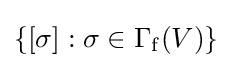
\textstyle \{[\sigma ]:\sigma \in \Gamma _{\mathrm {f} }(V)\}